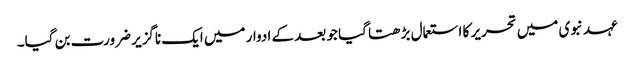
عہد نبوی میں تحریر کا استعمال بڑھتا گیا جو بعد کے ادوار میں ایک ناگزیر ضرورت بن گیا۔